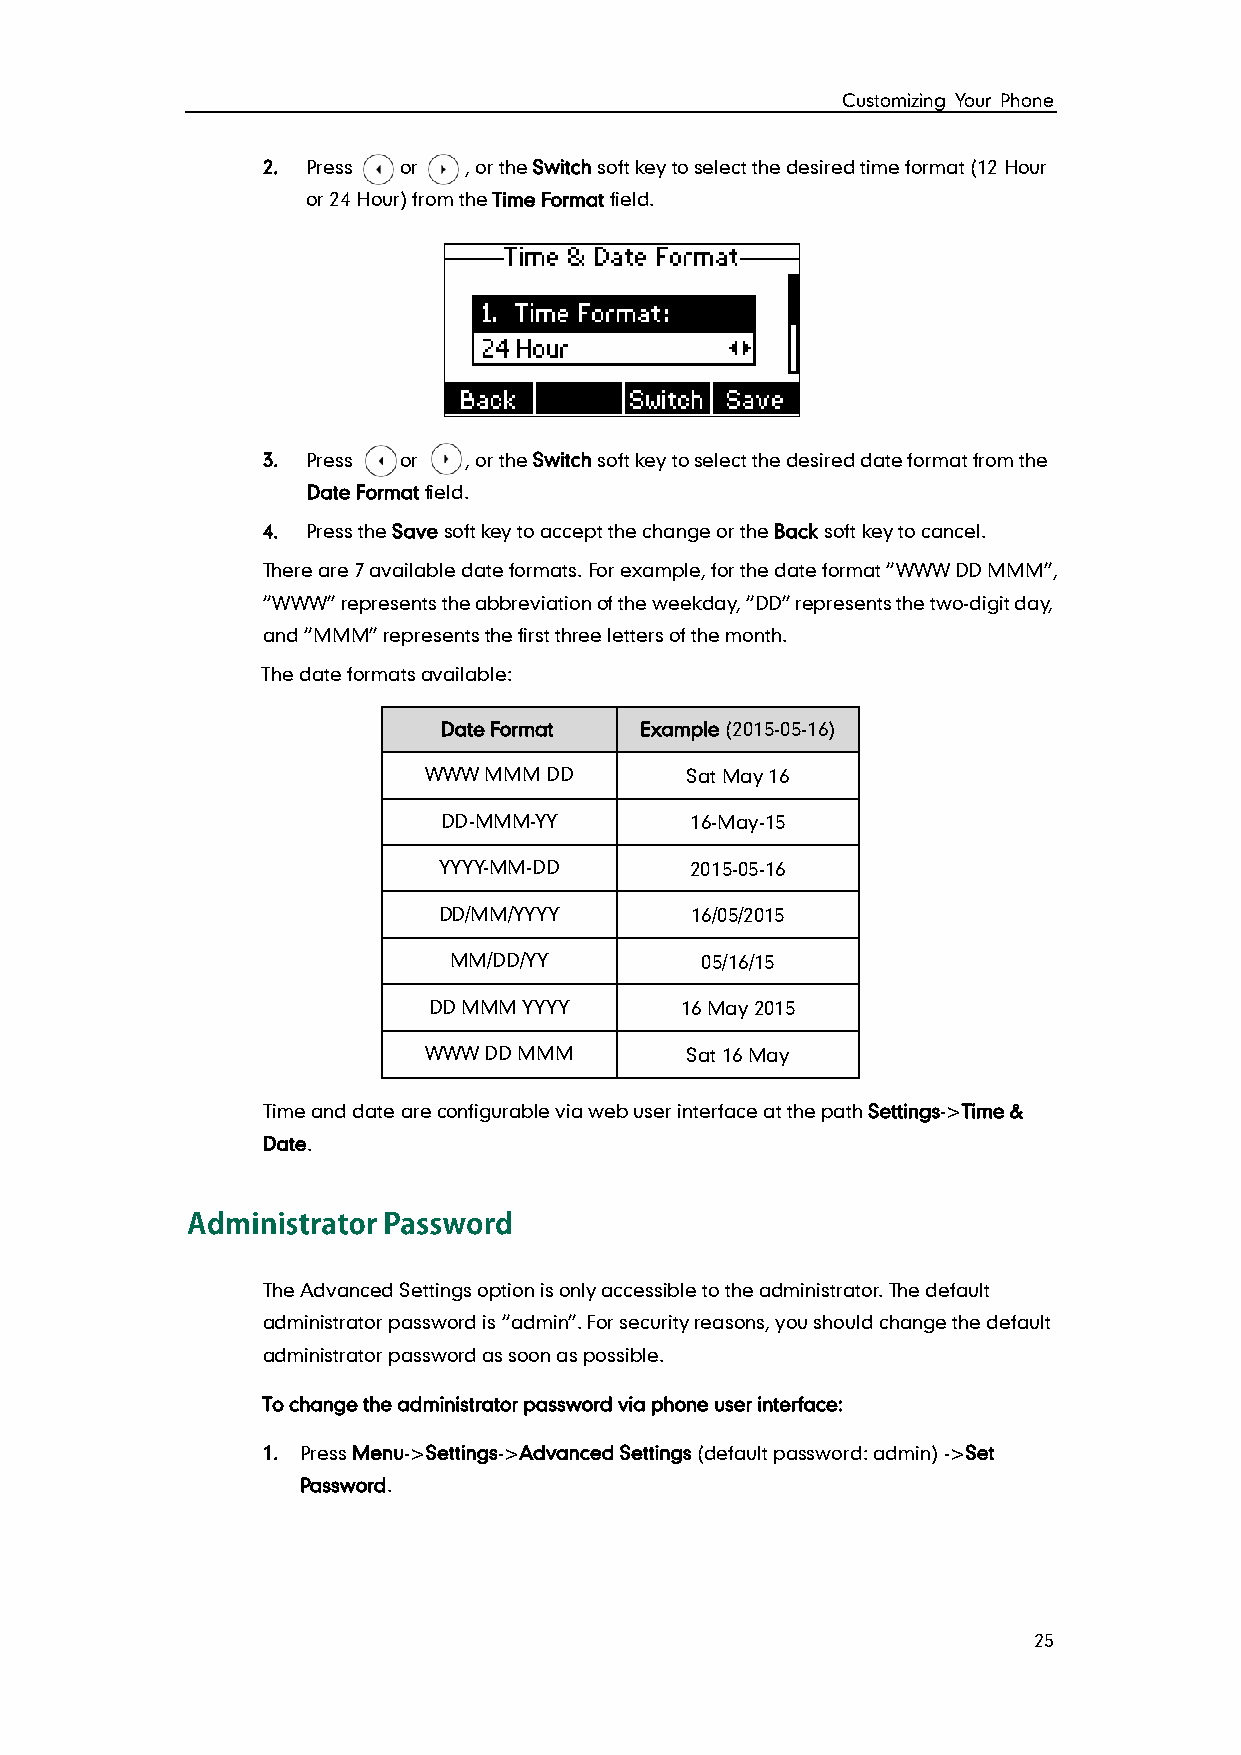
Customizing Your Phone
 2. Press or   , or the Switch soft key to select the desired time format (12 Hour
 or 24 Hour) from the Time Format field.
 3. Press or   , or the Switch soft key to select the desired date format from the
 Date Format field.
 4. Press the Save soft key to accept the change or the Back soft key to cancel.
 There are 7 available date formats. For example, for the date format “WWW DD MMM”,
 “WWW” represents the abbreviation of the weekday, “DD” represents the two-digit day,
 and “MMM” represents the first three letters of the month.
 The date formats available:
 Date Format  Example (2015-05-16)
 WWW MMM DD       Sat May 16
 DD-MMM-YY        16-May-15
 YYYY-MM-DD       2015-05-16
 DD/MM/YYYY       16/05/2015
 MM/DD/YY        05/16/15
 DD MMM YYYY      16 May 2015
 WWW DD MMM       Sat 16 May
 Time and date are configurable via web user interface at the path Settings->Time &
 Date.
 The Advanced Settings option is only accessible to the administrator. The default
 administrator password is “admin”. For security reasons, you should change the default
 administrator password as soon as possible.
 To change the administrator password via phone user interface:
 1. Press Menu->Settings->Advanced Settings (default password: admin) ->Set
 Password.
 25